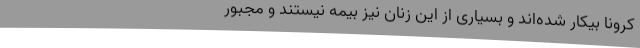
کرونا بیکار شده‌اند و بسیاری از این زنان نیز بیمه نیستند و مجبور